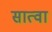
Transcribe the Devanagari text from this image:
सात्वा